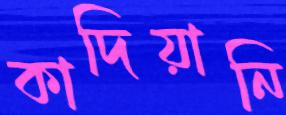
কাদিয়ানি